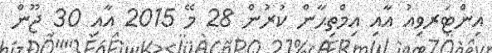
އިންޓަރވިއު އާއި އިމްތިޙާން ކުރުން 28 މޭ 2015 އާއި 30 ޖޫން